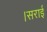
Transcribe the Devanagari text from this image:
।सराई